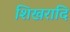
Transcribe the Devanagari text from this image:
शिखरादि